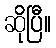
ဆိုပြီ။